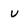
Character: V